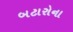
બટારોના